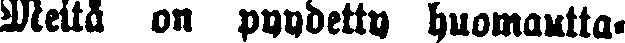
Meitä on pyydetty huomautta-